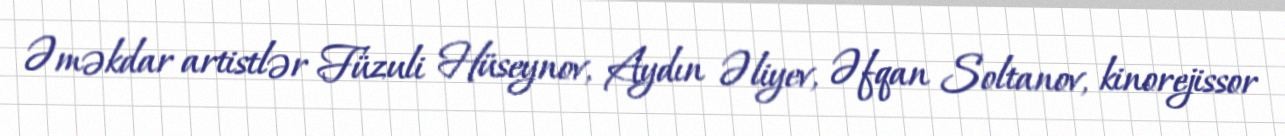
Əməkdar artistlər Füzuli Hüseynov, Aydın Əliyev, Əfqan Soltanov, kinorejissor